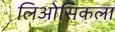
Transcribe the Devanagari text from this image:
लिओसिकला